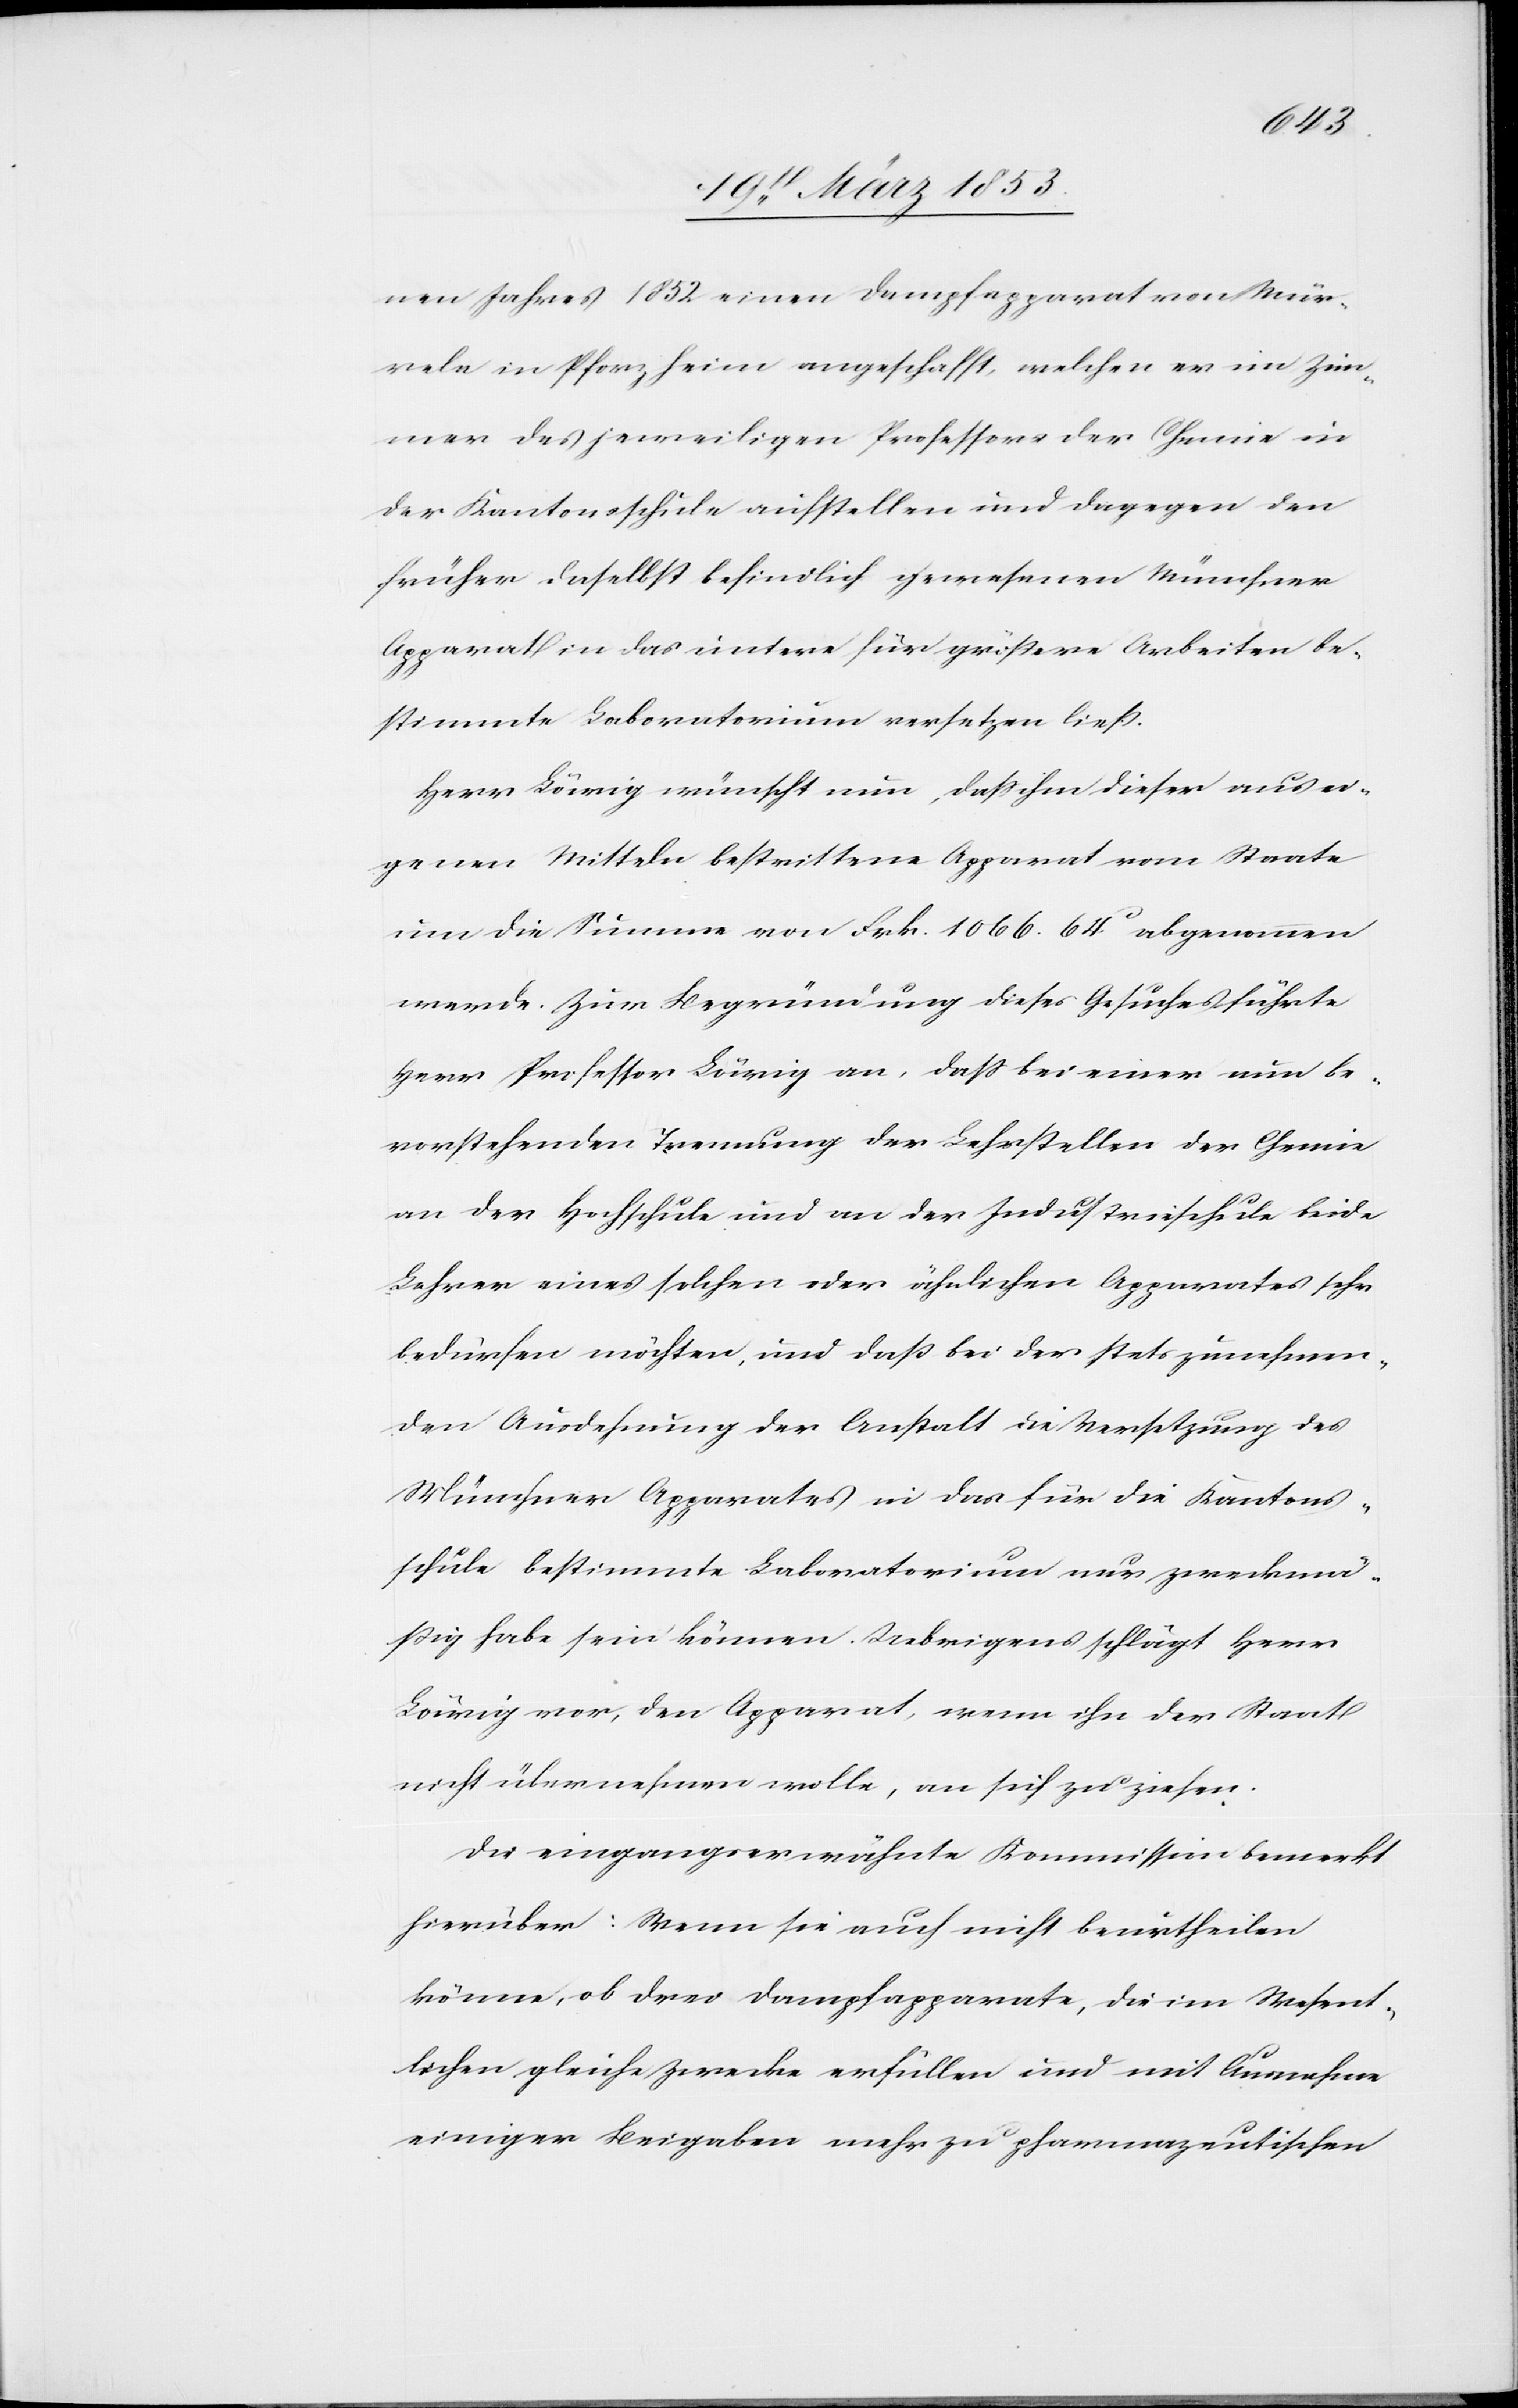
nen Jahres 1852 einen Dampfapparat von Mür¬
reln in Pforzheim angeschafft, welchen er im Zim¬
mer des jeweiligen Professors der Chemie in
der Kantonsschule aufstellen und dagegen den
früher daselbst befindlich gewesenen Münchner
Apparat in das untere für größere Arbeiten be¬
stimmte Laboratorium versetzen ließ.
Herr Lärig wünscht nun, daß ihm dieser aus ei¬
genen Mitteln bestrittene Apparat vom Staate
um die Summe von Frk. 1066. 64 c. abgenommen
werde. Zur Begründung dieses Gesuches führte
Herr Professor Löewig an, daß bei einer nun be¬
vorstehenden Trennung der Lehrstellen der Chemie
an der Hochschule und an der Industrieschule beide
Lehrer eines solchen oder ähnlichen Apparates sehr
bedürfen möchten, und daß bei der stets zunehmen¬
den Ausdehnung der Anstalt die Versetzung des
Münchner Apparates in das für die Kantons¬
schule bestimmte Laboratorium nur zweckmä¬
ßig habe sein können. Uebrigens schlägt Herr
Löewig vor, den Apparat, wenn ihn der Staat
nicht übernehmen wolle, an sich zu ziehen.
Die eingangserwähnte Kommission bemerkt
hierüber: Wenn sie auch nicht beurtheilen
könne, ob drei Dampfapparate, die im Wesent¬
lichen gleiche Zwecke erfüllen und mit Ausnahme
einiger Beigaben mehr zu pharmazeutischen